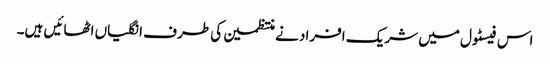
اس فیسٹول میں شریک افراد نے منتظمین کی طرف انگلیاں اٹھائیں ہیں۔